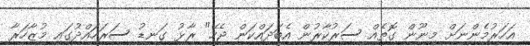
އަހަރުމެންނަށް މިނޫން ގޮތެއް ސަރުކާރުން އެބަދައްކަން ޖެހޭ" ރާޅު ގަނޑު ސަރަހައްދުގައި މުޒާހަރާ